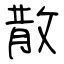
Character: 散